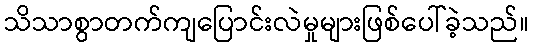
သိသာစွာတက်ကျပြောင်းလဲမှုများဖြစ်ပေါ်ခဲ့သည်။